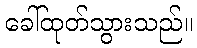
ခေါ်ထုတ်သွားသည်။